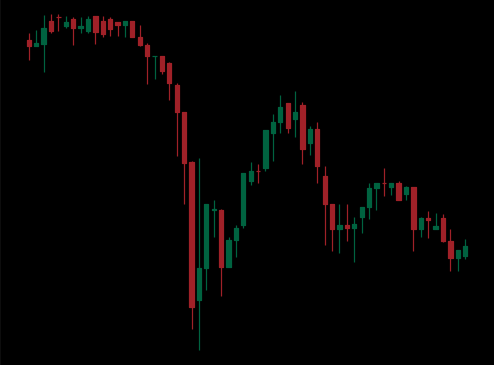
Pattern: unclassified